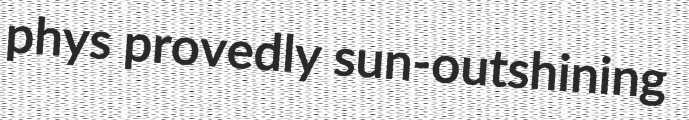
phys provedly sun-outshining